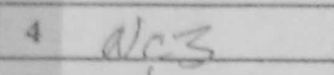
Transcription: Nc3